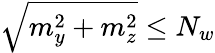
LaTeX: \sqrt{m_{y}^{2}+m_{z}^{2}}\leq N_{w}